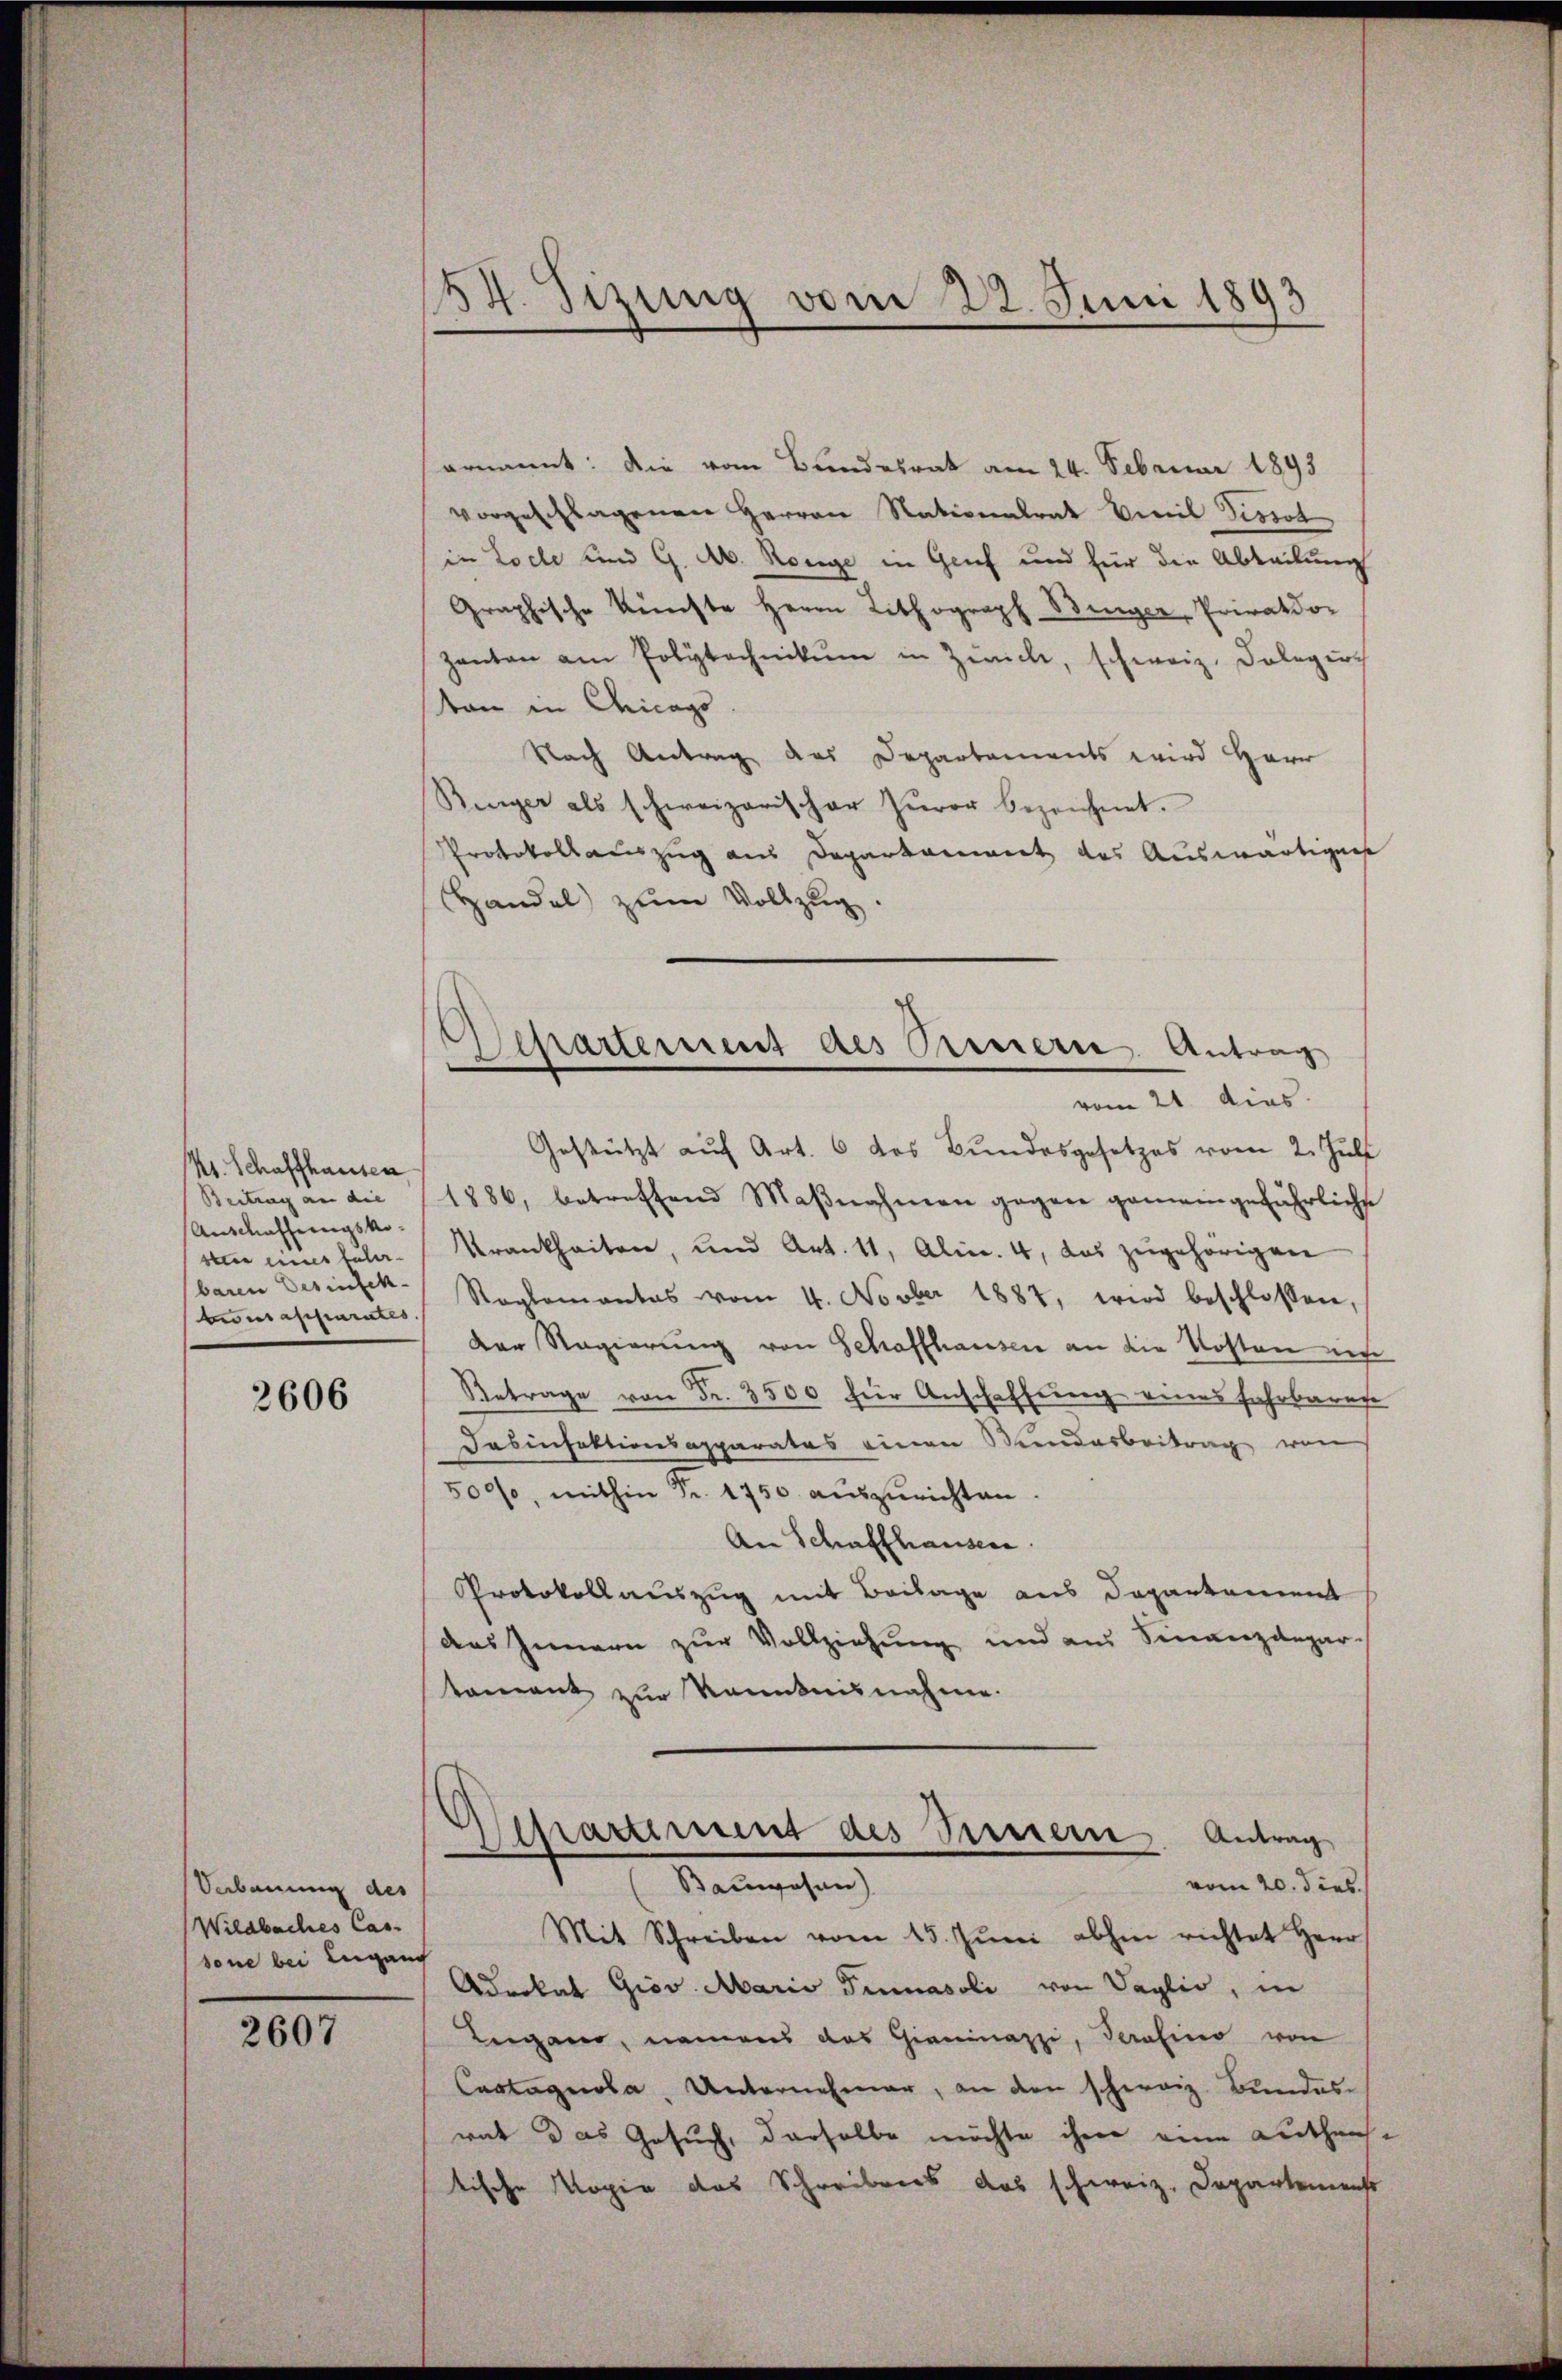
Kt. Schaffhausen
Beitrag an die
Ausmachungskobten eines talerbaren Desinfeh
twraschiarates.

2606

Verbauung des
Wildbaches Cas
sone bei Lugand

2607

134. Sizung vom 22. Juni 1893

Separtement des Purnern Antrag

ernannt: Die vom Bundesrat am 24. Februar 1893
vorgeschlagenen Herren Nationalrat Emil Tissol
in Loche und G. A. Range in Genf und für die Abteilung
Graphische Künste Herrn Lithograph Binger, Privatdor
zanton am Polytechnikum in Zwick, schweiz. Deleger-
ton in Chicags
Nach Antrag des Departements wird Herr
Bürger als schweizerischer Zuvor bezeichnet.
Protokollauszug aus Deparkannt des Auswärtigung
Handel zŭm Vollzug.
vom 21. dies
Gestützt auf Art. 6 des Bundesgesetzes vom 2. Juli
1886, betreffend Maβnahmen gegen gemeingefährliche
Krankheiten, und Art. 11, Alin. 4, das zugehörigen
Raplomantas vom 4. Novber 1887, wird beschlossen,
Der Regierung von Schaffhausen an die Kosten ne
Retrage von Fr. 3500 für Anschaffung eines Fahrbarere
Dasinfektionsapparates einen Wundarbeitrag von
500%, mithin Fr. 1750 auszurichten
An Schaffhausern
Protokollauszug mit Beilage aus Departement
das Innern zur Vollziehung und aus Finanzdepar
tament zur Kenntnisnahme.
Departement des Seretern Antrag
vom 20. dies
Bauwesen)
Mit Schreiben vom 15. Jŭni abhin richtet Herr
Advokat Giov Maria Finasoli von Vaglio, in
Lugano, namens das Gianinazzi, Serasino von
Castagnola. Unternehmer, an den schweiz. Bundes-
rat das Gesuch, derselbe möchte ihme eine Luthens-
tische Kopie das Schreibens das schweiz. Departements